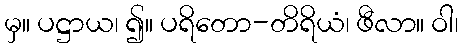
မှ။ ပဋ္ဌာယ၊ ၍။ ပရိတော-တိရိယံ၊ ဖီလာ။ ဝါ၊